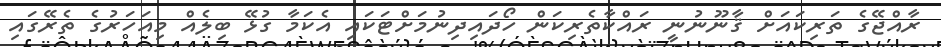
ރާއްޖޭގެ ތަރިކައަށް ޤާނޫނުނީ ރައްކާތެރިކަން ހޯދައިދިނުމަށްޓަކައި އެކަމާ ގުޅޭ ބިލެއް މިއަހަރުގެ ތެރޭގައި